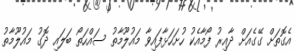
އެގޮތަށް ގޭގެއަށް ދާއިރު ފޯމާއެކު ހުށަހަޅާފައިވާ މައުލޫމާތު ސައްހަތޯ ބަލައި ދޮގު މައުލޫމާތު